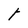
Character: t